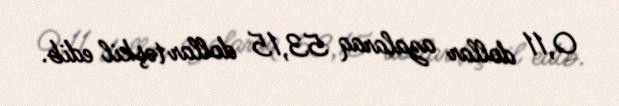
0,11 dollar azalaraq 53,15 dollar təşkil edib.